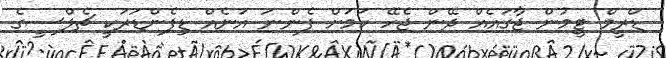
ޑްރީމް ޓީމުން ޖާގައެއް ދޭން ޖެހޭ ކަމަށް ފެންނަ އަނެއް ޑިފެންޑަރަކީ ޗެލްސީގެ